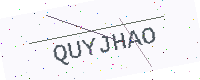
Text: QUYJHAO